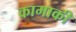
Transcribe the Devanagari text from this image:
कामाकी